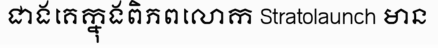
ជាងគេក្នុងពិភពលោក Stratolaunch មាន